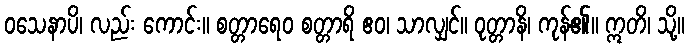
ဝသေနာပိ၊ လည်း ကောင်း။ စတ္တာရေဝ စတ္တာရိ ဧဝ၊ သာလျှင်။ ဝုတ္တာနိ၊ ကုန်၏။ ဣတိ၊ သို့။